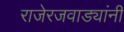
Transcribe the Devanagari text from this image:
राजेरजवाड्यांनी